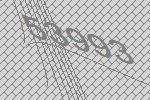
53993